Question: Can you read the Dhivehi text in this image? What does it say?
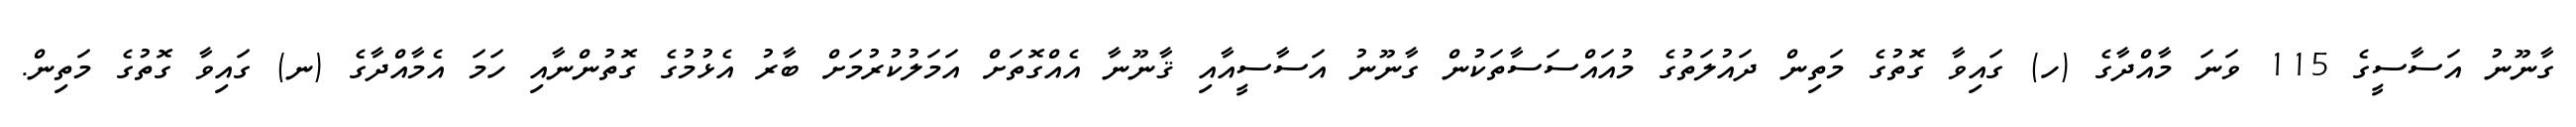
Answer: ގާނޫނު އަސާސީގެ 115 ވަނަ މާއްދާގެ (ހ) ގައިވާ ގޮތުގެ މަތިން ދައުލަތުގެ މުއައްސަސާތަކުން ގާނޫނު އަސާސީއާއި ޤާނޫނާ އެއްގޮތަށް އަމަލުކުރުމަށް ބާރު އެޅުމުގެ ގޮތުންނާއި ހަމަ އެމާއްދާގެ (ނ) ގައިވާ ގޮތުގެ މަތިން.